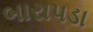
બારાપડા